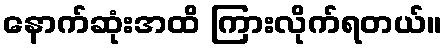
နောက်ဆုံးအထိ ကြားလိုက်ရတယ်။